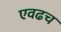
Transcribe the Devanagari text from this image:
एवढच